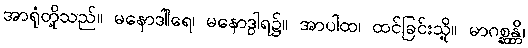
အာရုံတို့သည်။ မနောဒါါရေ၊ မနောဒွါရ၌။ အာပါထ၊ ထင်ခြင်းသို့။ မာဂစ္ဆန္တိ၊